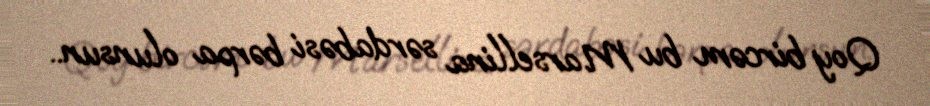
Qoy bircəm bu Marsellina sərdabəsi bərpa olunsun..